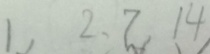
1 , 2 . 7 . 1 4